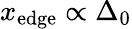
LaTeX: x_{\mathrm{{edge}}}\propto\Delta_{0}